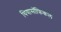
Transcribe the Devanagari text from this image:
थियासॉफिकल